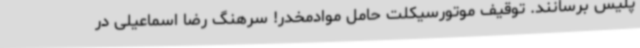
پلیس برسانند. توقیف موتورسیکلت حامل موادمخدر! سرهنگ رضا اسماعیلی در